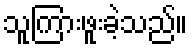
သူကြားဖူးခဲ့သည်။